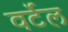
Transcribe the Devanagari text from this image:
वर्टेल